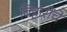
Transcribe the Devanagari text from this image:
बिहारींचे